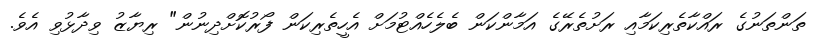
ތަންތަނުގެ ރައްކާތެރިކަމާއި ރަށުތެރޭގެ އަމާންކަން ބެލެހެއްޓުމަށް އެހީތެރިކަން ފޯރުކޮށްދިނުން" ރިޔާޒު ވިދާޅުވި އެވެ.